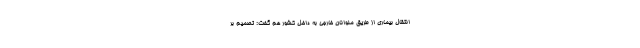
انتقال بیماری از طریق ملوانان خارجی به داخل کشور هم گفت: تصمیم بر